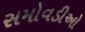
સમોવડીઓ